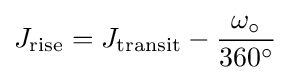
J_{\text{rise}}=J_{\text{transit}}-{\dfrac {\omega _{\circ }}{360^{\circ }}}